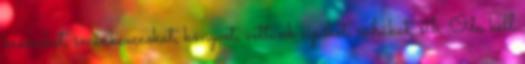
krémeket, sminkcuccokat, könyvet, vettünk cipőket, ruhákat, stb. Oda kell